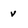
Character: v